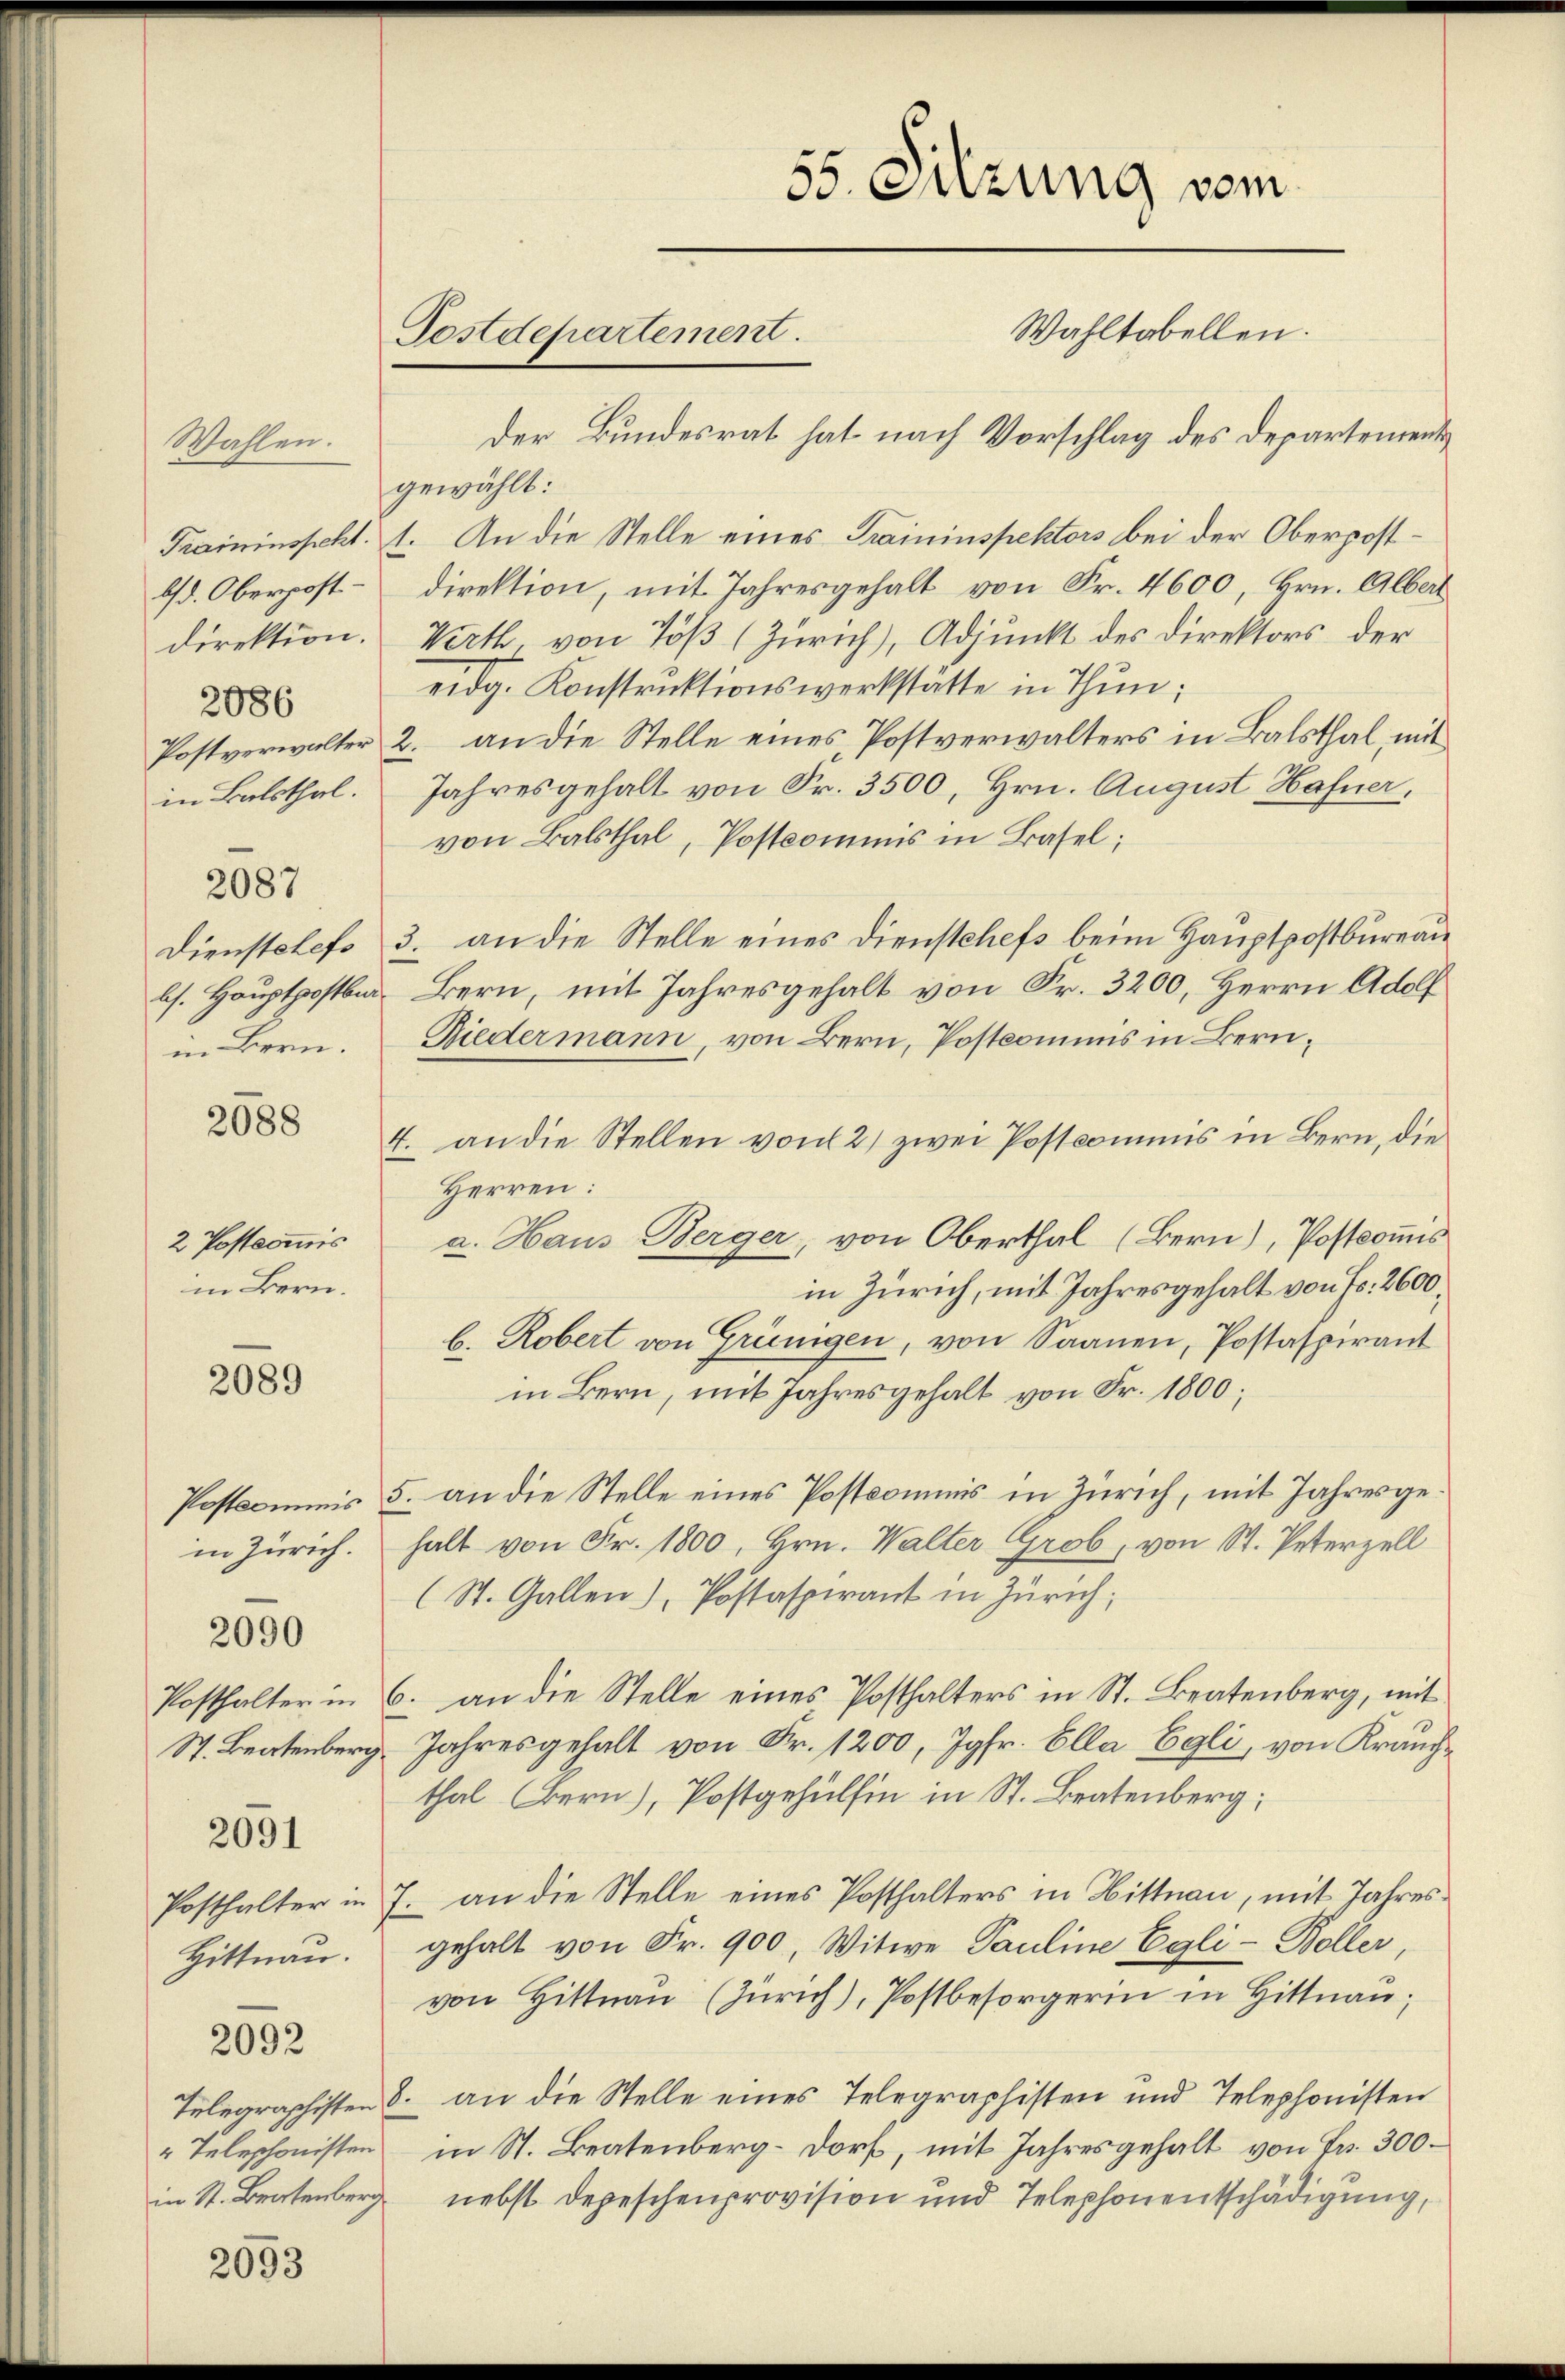
Wahlen.
bsd. Oberpost.
direktion.
2086
Postverwalter
in Balsthal.

2087

in Bern.

2088

2 Postcommis
in Bern.

2089

in Zürich.

2090

Posthalter in
St. Beatenberg

2091

Posthalter in
Hittnau.

2092

" Telephonisten

2093

55. Sitzung vom
Wahltabellen.
Postdepartement.
Der Bundesrat hat nach Vorschlag des Departement

gewählt:
Traininspekt. 1. An die Stelle eines Traininspektors bei der Oberpostdirektion, mit Jahresgehalt von Fr. 4600 Hrn. Albert
Werth von Töß (Zürich), Adjunkt des Direktors der
eidg. Konstruktionswerkstätte in Thun;
2. an die Stelle eines Postverwalters in Balsthal, mit
Jahresgehalt von Fr. 3500, Hrn. August Hafner,
von Balsthal, Postcommis in Basel;
Dienstelefe 3. an die Stelle eines Dienstchefs beim Hauptpostbureau
ls. Hauptpostbar. Bern, mit Jahresgehalt von Fr. 3200, Herrn Adolf
Biedermann, von Bern, Postcommis in Beru¬
4. an die Stellen von 2) zwei Postcommis in Bern, die
Herren:
a. Haus Berger, von Oberthal (Bern), Postcommis
in Zürich, mit Jahresgehalt von Fr. 2600.
b. Robert von Grünigen, von Saanen, Postaspirant
in Bern, mit Jahresgehalt von Fr. 1800;
Postkommis 5. an die Stelle eines Postkommnis in Zürich, mit Jahresgehalt von Fr. 1800, Hrn. Walter Grob, von St. Peterzell
(St. Gallen), Postaspirant in Zürich;
6. an die Stelle eines Posthalters in St. Bratenberg, mit
Jahresgehalt von Fr. 1200, Jgfr. Ella Egli, von Krauchthal Bern), Postgehülfen in St. Beatenberg;
7. an die Stelle eines Posthalters in Hittnau, mit Jahresgehalt von Fr. 900, Witwe Pauline Egli - Boller,
von Hittnau (Zürich), Postbesorgerin in Hittnau,
Telegraphisten 8. an die Stelle eines Telegraphisten und Telephonisten
in St. Beatenberg-Dorf, mit Jahresgehalt von Fr. 300
in St. Bratenberg nebst Depeschenprovision und Telephonentschädigung,